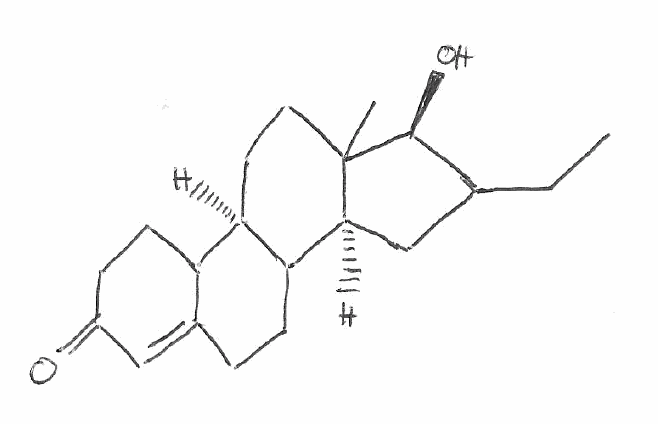
Simplified molecular-input line-entry system (SMILES) notation of the given molecule:
CCC1C[C@H]2C3CCC4=CC(=O)CCC4[C@H]3CCC2([C@H]1O)C